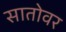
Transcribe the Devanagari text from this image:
सातोवर